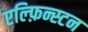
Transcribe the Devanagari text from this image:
एल्फ़िन्स्टन